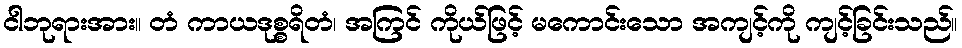
ငါဘုရားအား။ တံ ကာယဒုစ္စရိတံ၊ အကြင် ကိုယ်ဖြင့် မကောင်းသော အကျင့်ကို ကျင့်ခြင်းသည်။